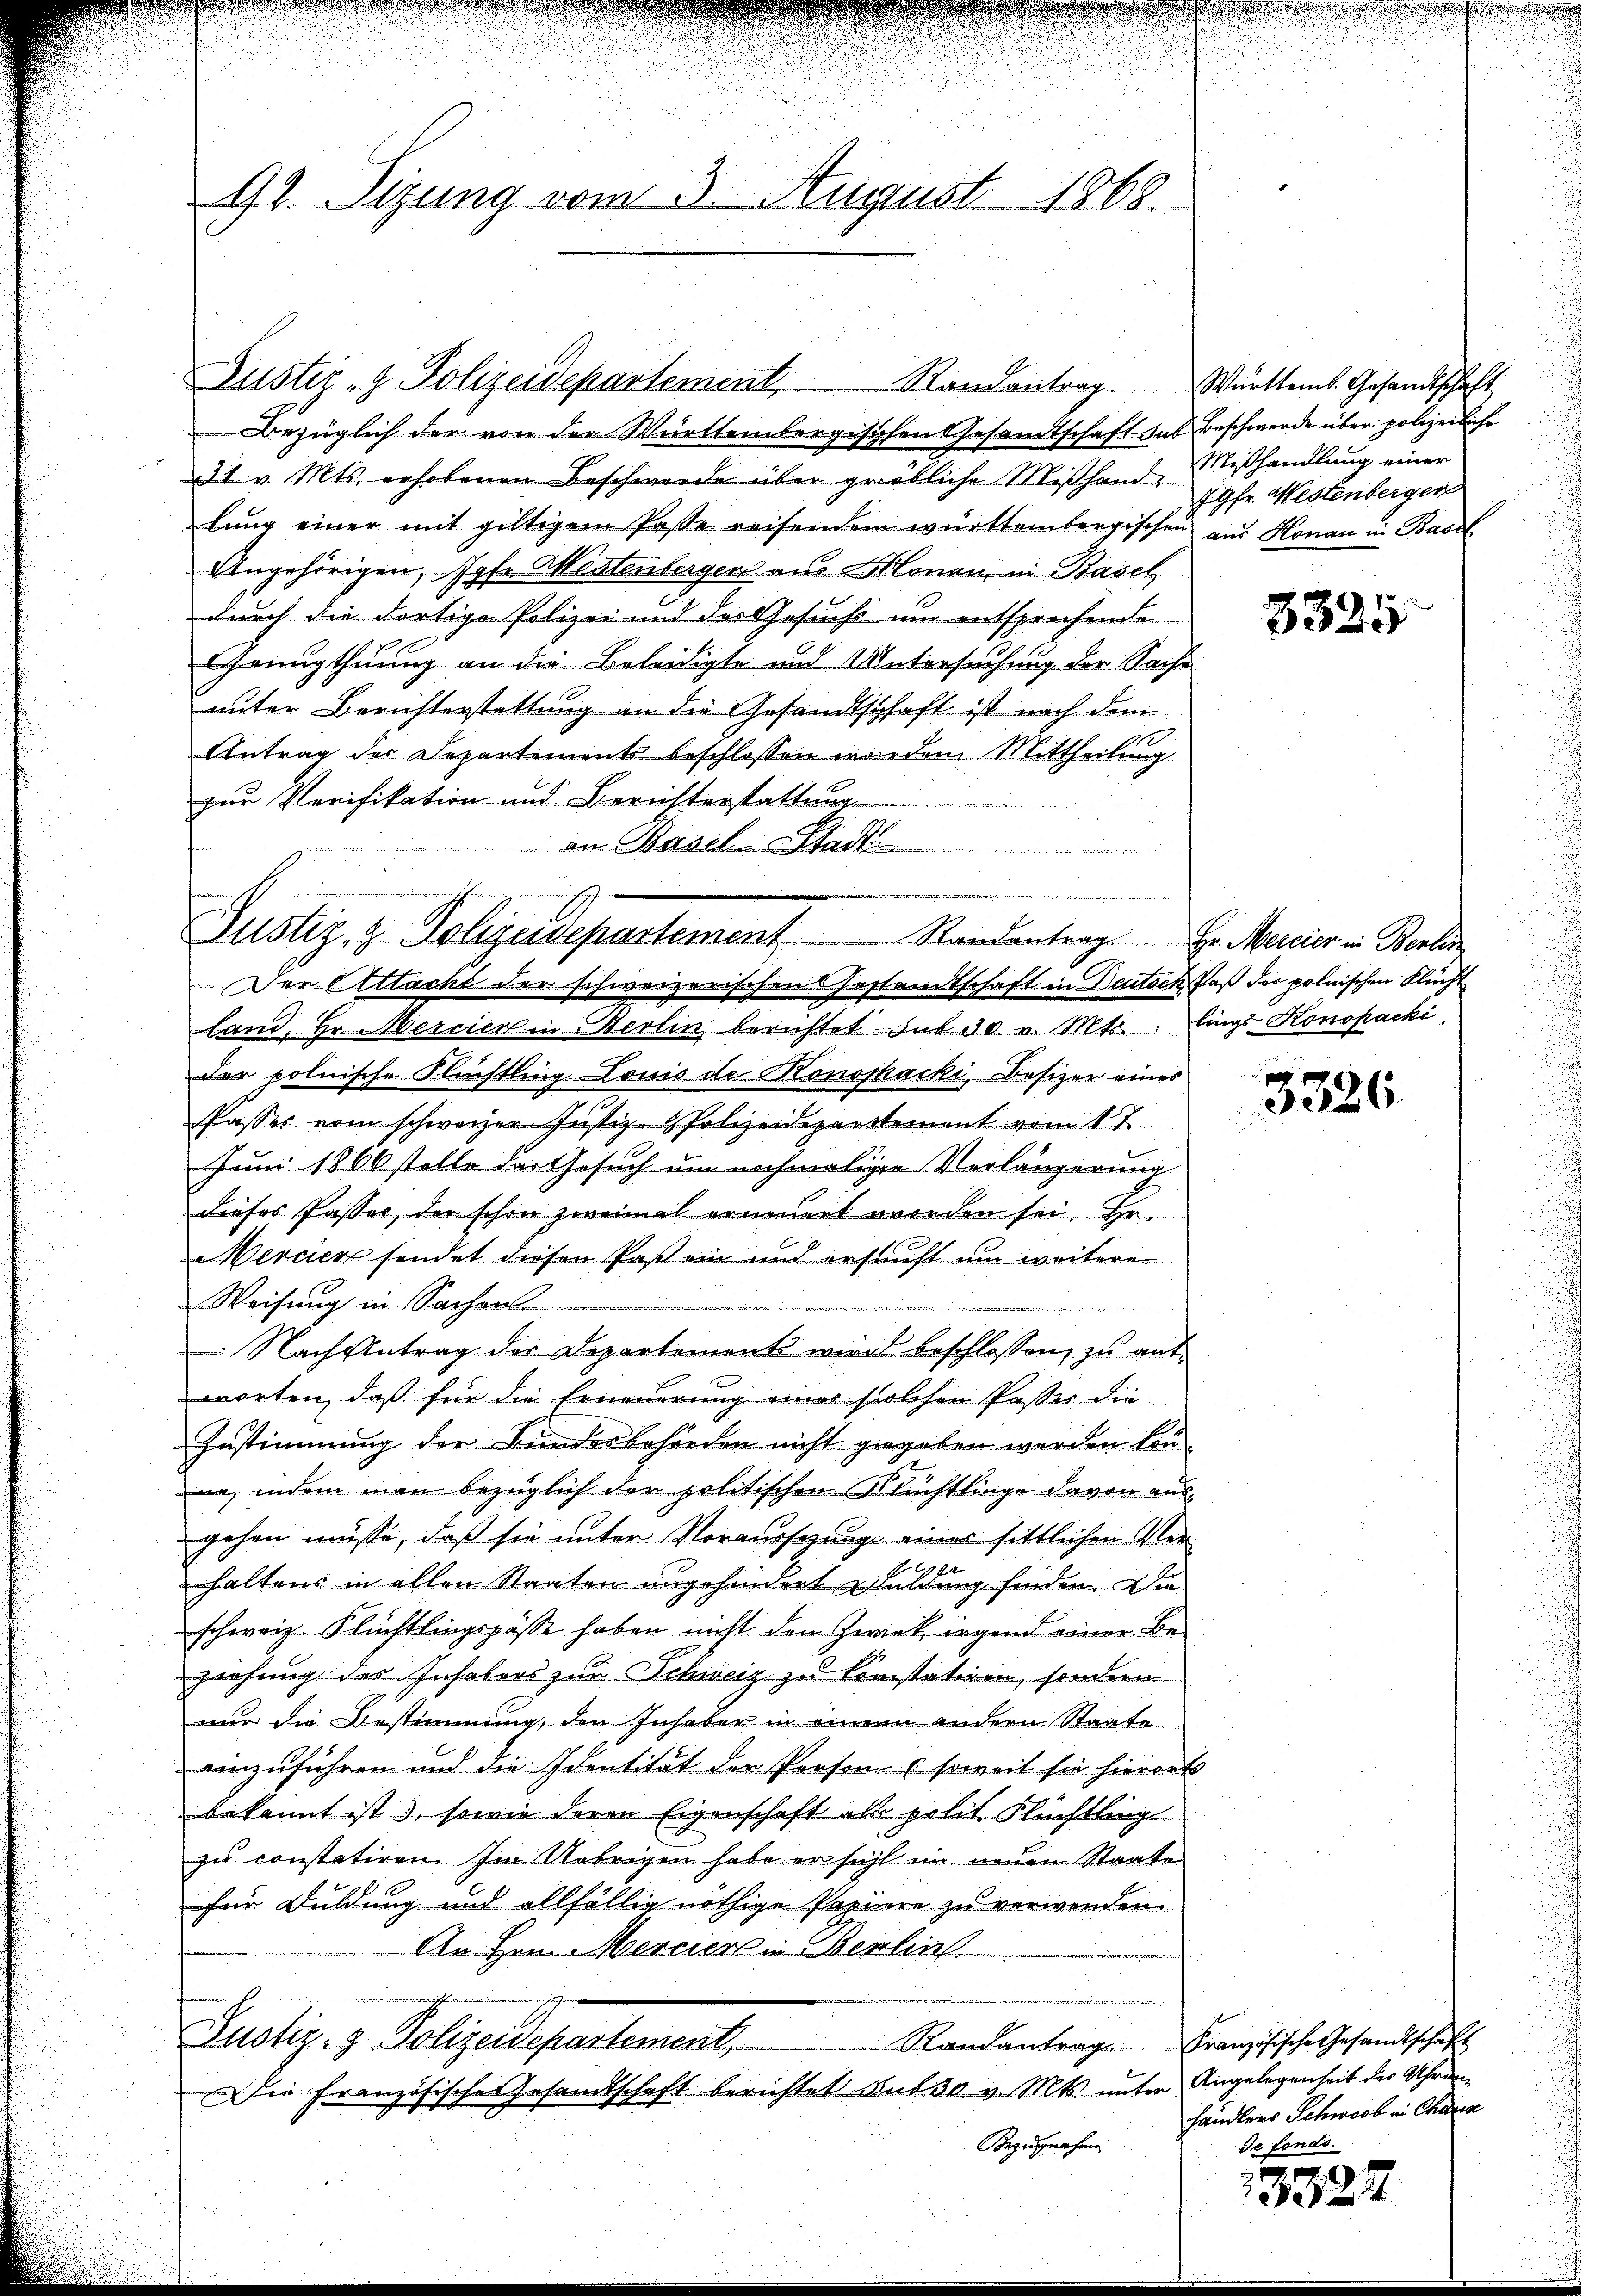
92. Sizung vom 3. August 1868.

u
Justiz- & Polizeidepartement Standentrag. H. Marier in Berlin
Der Macht der schweizerischens Gestandtschaft in Deutsch, daß der polnischen Flucht

Justiz-g. Polizeidepartement, Randantrag. Württemb. Gesandtschaft
Bezüglich der von der Württembergischen Gesandtschaft das Beschwerde über polizeiliche
31. v. Mts. erhobenen Beschwerde über gröbliche Mißhand, Mißhandlung einer
hŭng einer mit giltigem Paste reisenden württembergischen aus Honau in Basel-
Angehörigen, hohe Mistenberger aus Monau, in Basel
durch die dortige Polizei und des Gesuchs um entsprechende
Genugthuung an die Beleidigte und Untersuchung der Sache
unter Berichterstattung an die Gesandtschaft ist nach dem
Antrag des Departements beschlossen werden. Mittheilung
zur Verifikation und Berichterstattung
an Basel-Stad

79fr. Westenberger

land, Hr. Mercier in Berlin berichtet. Bub 30 v. Mts.: lings-Honopacki,
der polnische Flüchtling Louis de Konsshacki, Besizer eines
Passer vom schweizer Justiz- & Polizeidepartement vom 1t
Juni 1866 stelle der Gesuch um nochmaliger Verlängerung
dieses Passer, der schon zweimal erneuert worden sei. Hr.
Mercer sendet diesen Paß ein und ersucht um weitere
Weisung in Sachen.

 Nach Antrag des Departement wird beschlossen zŭ ant
worten, daß für die Erneuerung eines solchen Passes die
Zustimmung der Bundesbehörden nicht gegeben worden könne, indem man bezüglich der politischen Flüchtlinge davon ausgehen müsse, daß sie unter Vorausserung eines sittlichen Verhaltens in allen Staaten angehindert zuldung finden. Die
schweiz. Flüchtlingspässe haben nicht den Zwek irgend einer Beziehung des Inhabers zur Schweiz zu konstatiren, sondern
nur die Bestimmung, den Inhaber in einem andern Staate
einzuführen und die Identität der Person (soweit sie hierort
bekannt ist 3, sowie deren Eigenschaft als polit. Flüchtling
zu constatiren. Im Uebrigen habe er sicht im neuen Staate
für Duldung und allfällig nöthige Papiere zu verwenden
An Hrn. Mercier in Berlin.
Justiz- & Polizeidepartement,
Randantrag. Französische Gesandtschaft
Die Französische Gesamtschaft berichtet auf 30 v. Mts. unter Angelegenheit der Uhren¬
Bezugnahme

d

3325

3326

händlers Schwerb in Charin
de fonds.

3327